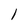
Character: l